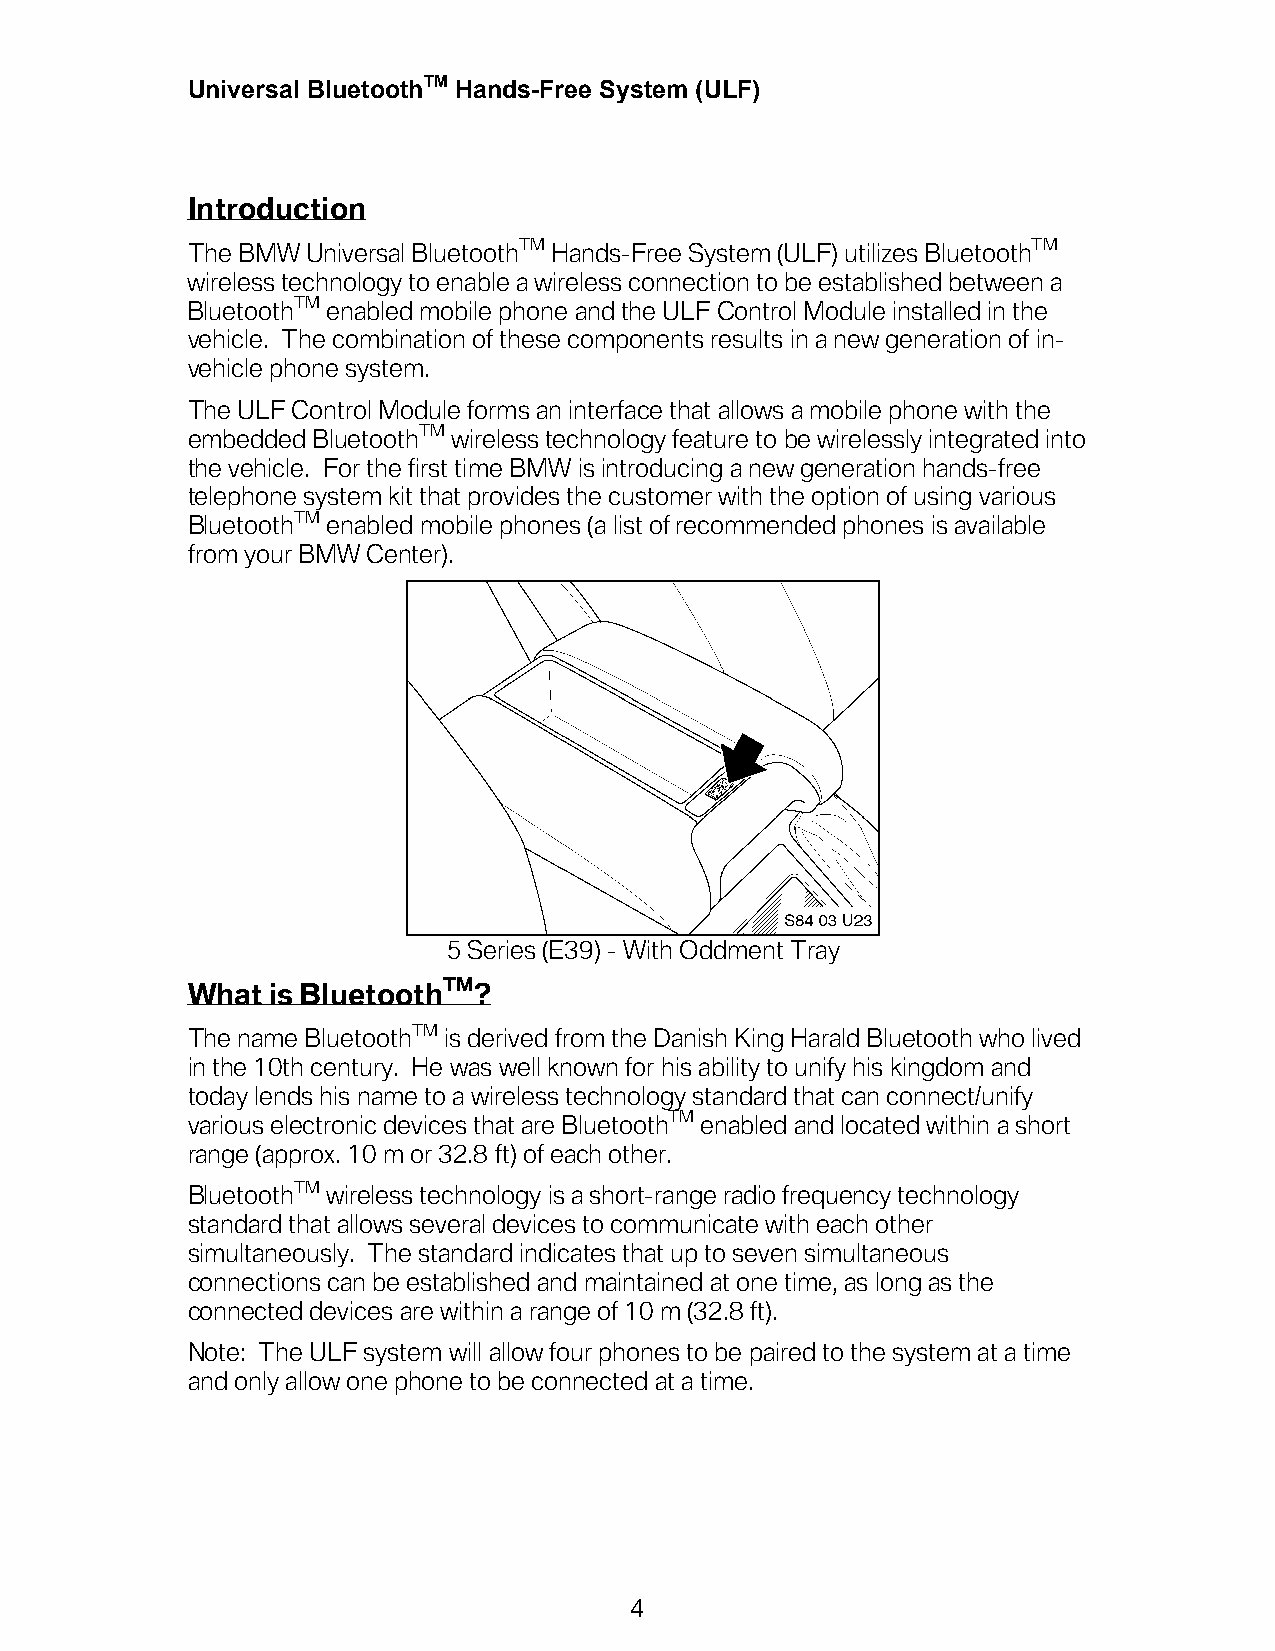
Universal BluetoothTM Hands-Free System (ULF)
 Introduction
 The BMW Universal BluetoothTM Hands-Free System (ULF) utilizes BluetoothTM
 wireless technology to enable a wireless connection to be established between a
 BluetoothTM enabled mobile phone and the ULF Control Module installed in the
 vehicle. The combination of these components results in a new generation of in-
 vehicle phone system.
 The ULF Control Module forms an interface that allows a mobile phone with the
 embedded BluetoothTM wireless technology feature to be wirelessly integrated into
 the vehicle. For the first time BMW is introducing a new generation hands-free
 telephone system kit that provides the customer with the option of using various
 BluetoothTM enabled mobile phones (a list of recommended phones is available
 from your BMW Center).
 5 Series (E39) - With Oddment Tray
 What  is BluetoothTM?
 The name BluetoothTM is derived from the Danish King Harald Bluetooth who lived
 in the 10th century. He was well known for his ability to unify his kingdom and
 today lends his name to a wireless technology standard that can connect/unify
 various electronic devices that are BluetoothTM enabled and located within a short
 range (approx. 10 m or 32.8 ft) of each other.
 BluetoothTM wireless technology is a short-range radio frequency technology
 standard that allows several devices to communicate with each other
 simultaneously. The standard indicates that up to seven simultaneous
 connections can be established and maintained at one time, as long as the
 connected devices are within a range of 10 m (32.8 ft).
 Note: The ULF system will allow four phones to be paired to the system at a time
 and only allow one phone to be connected at a time.
 4